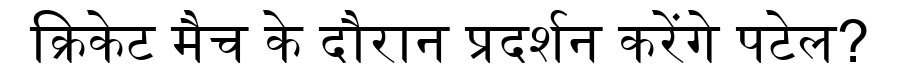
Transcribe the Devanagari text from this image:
क्रिकेट मैच के दौरान प्रदर्शन करेंगे पटेल?